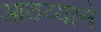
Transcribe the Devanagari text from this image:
आठव्याने